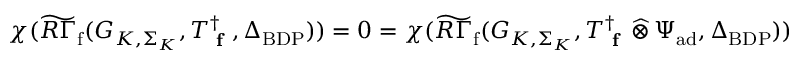
\chi ( \widetilde { R \Gamma } _ { \mathrm { f } } ( G _ { K , \Sigma _ { K } } , T _ { \textup { \bf f } } ^ { \dagger } , \Delta _ { \mathrm { B D P } } ) ) = 0 = \chi ( \widetilde { R \Gamma } _ { \mathrm { f } } ( G _ { K , \Sigma _ { K } } , T _ { \textup { \bf f } } ^ { \dagger } \, \widehat \otimes \, \Psi _ { \mathrm { a d } } , \Delta _ { \mathrm { B D P } } ) )